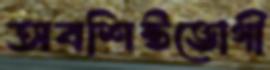
অবশিষ্টভোগী